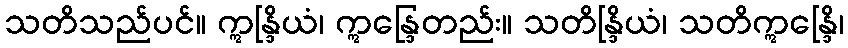
သတိသည်ပင်။ ဣန္ဒြိယံ၊ ဣန္ဒြေတည်း။ သတိန္ဒြိယံ၊ သတိဣန္ဒြေိ၊